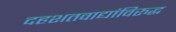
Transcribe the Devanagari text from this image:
दहशतवाद्यांविरुद्ध